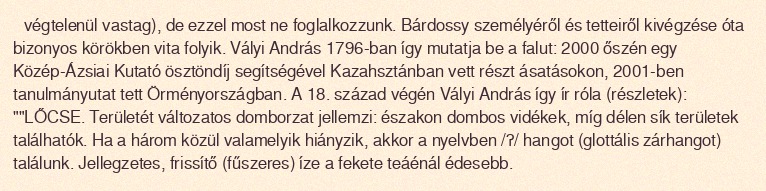
végtelenül vastag), de ezzel most ne foglalkozzunk. Bárdossy személyéről és tetteiről kivégzése óta bizonyos körökben vita folyik. Vályi András 1796-ban így mutatja be a falut: 2000 őszén egy Közép-Ázsiai Kutató ösztöndíj segítségével Kazahsztánban vett részt ásatásokon, 2001-ben tanulmányutat tett Örményországban. A 18. század végén Vályi András így ír róla (részletek): ""LŐCSE. Területét változatos domborzat jellemzi: északon dombos vidékek, míg délen sík területek találhatók. Ha a három közül valamelyik hiányzik, akkor a nyelvben /ʔ/ hangot (glottális zárhangot) találunk. Jellegzetes, frissítő (fűszeres) íze a fekete teáénál édesebb.